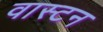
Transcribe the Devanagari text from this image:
वास्टन